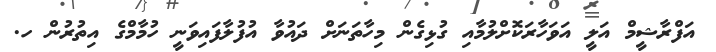
އަފްރާޝީމް އަލީ އަވަހާރަކޮށްލުމާއި ގުޅިގެން މިހާތަނަށް ދައުވާ އުފުލާފައިވަނީ ހުމާމްގެ އިތުރުން ހ.